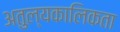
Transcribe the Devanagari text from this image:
अतुल्यकालिकता